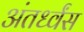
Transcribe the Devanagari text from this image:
अंतर्ध्वंस